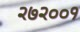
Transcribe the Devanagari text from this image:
२७२००१